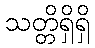
သတ္တိရှိရှိ